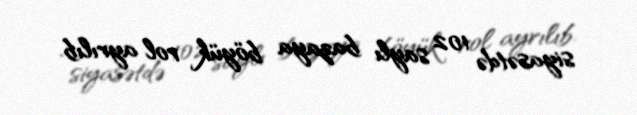
siyasətdə 102 saylı bazaya böyük rol ayrılıb.